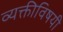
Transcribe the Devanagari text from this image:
व्यक्तीविषयी